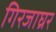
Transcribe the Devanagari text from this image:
गिरजाघ्रर